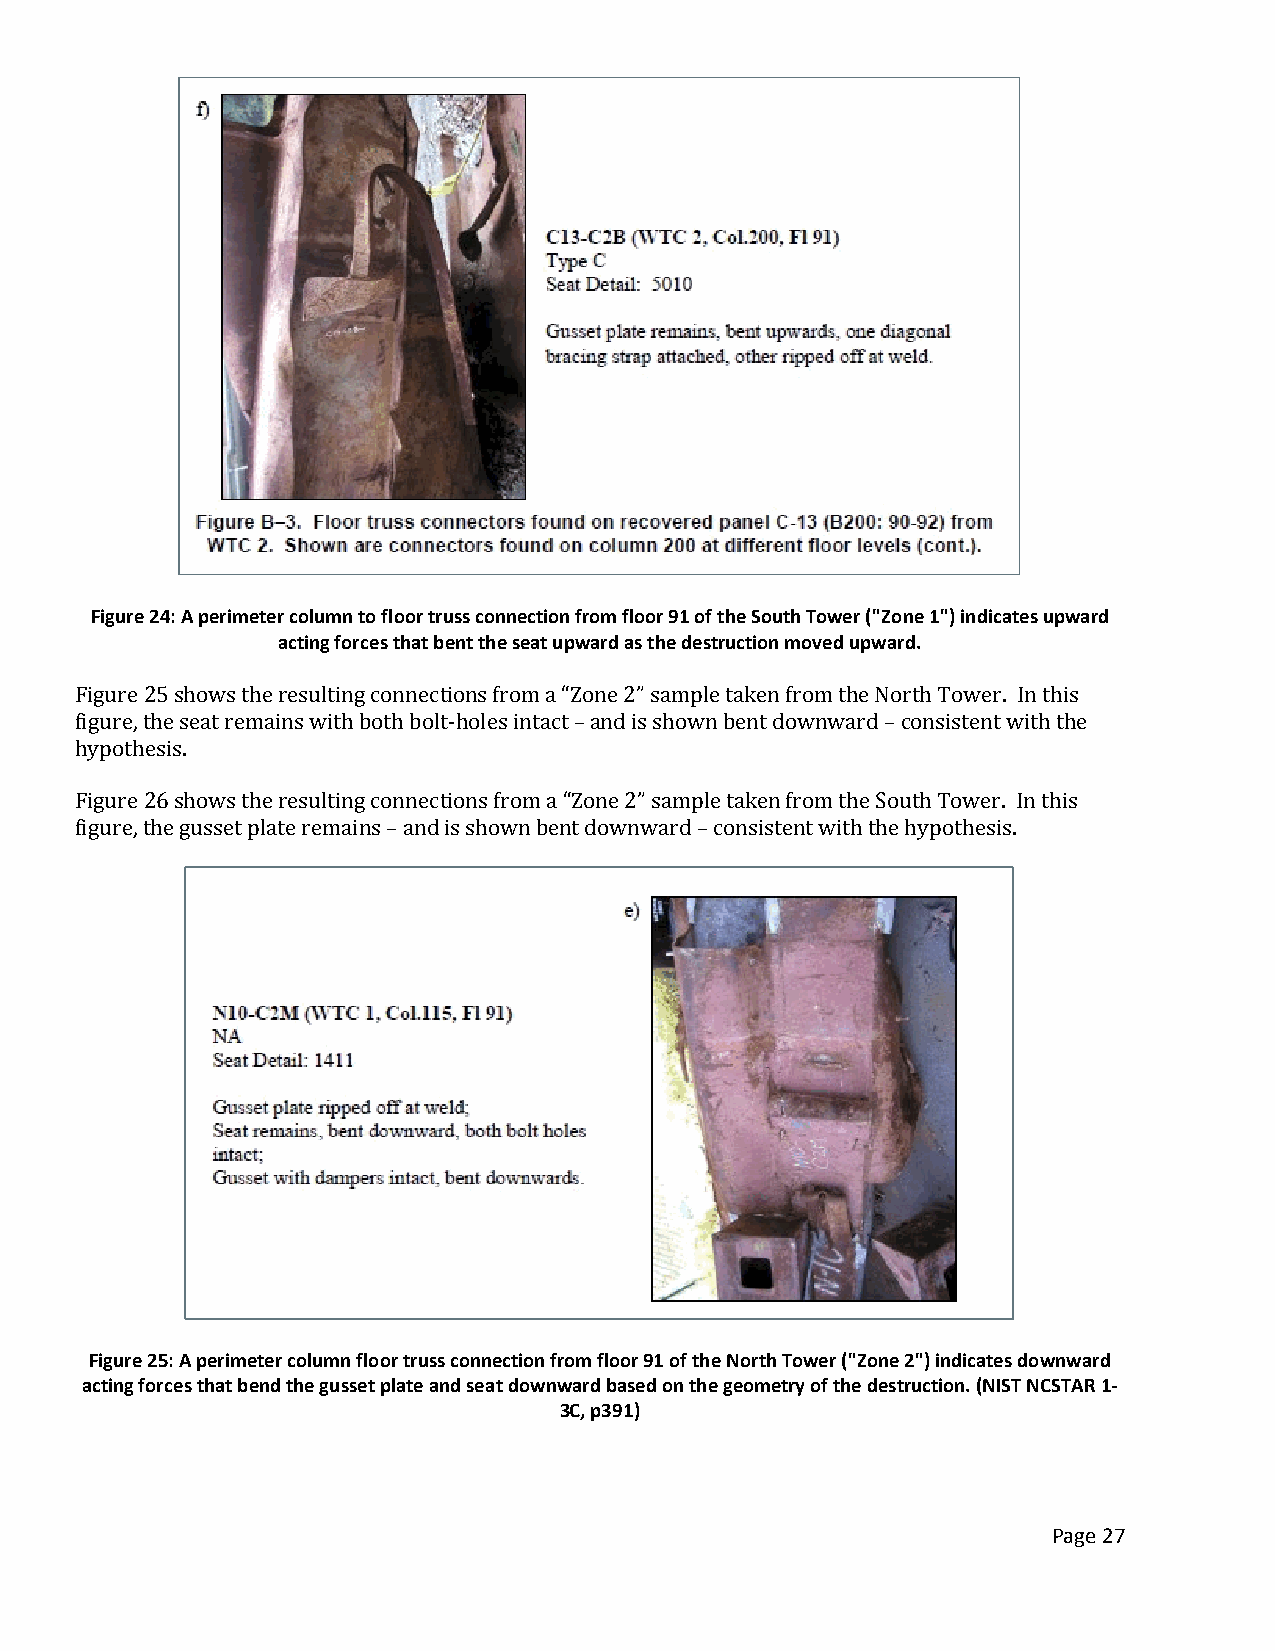
Figure 24: A perimeter column to floor truss connection from floor 91 of the South Tower ("Zone 1") indicates upward
 acting forces that bent the seat upward as the destruction moved upward.
 Figure 25 shows the resulting connections from a “Zone 2” sample taken from the North Tower. In this
 figure, the seat remains with both bolt-holes intact – and is shown bent downward – consistent with the
 hypothesis.
 Figure 26 shows the resulting connections from a “Zone 2” sample taken from the South Tower. In this
 figure, the gusset plate remains – and is shown bent downward – consistent with the hypothesis.
 Figure 25: A perimeter column floor truss connection from floor 91 of the North Tower ("Zone 2") indicates downward
 acting forces that bend the gusset plate and seat downward based on the geometry of the destruction. (NIST NCSTAR 1-
 3C, p391)
 Page 27